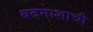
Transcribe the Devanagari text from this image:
बदमाशाची